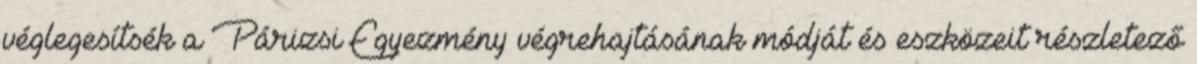
véglegesítsék a Párizsi Egyezmény végrehajtásának módját és eszközeit részletező